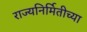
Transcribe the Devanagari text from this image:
राज्यनिर्मितीच्या